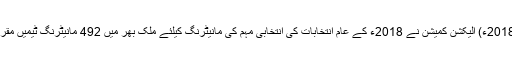
20 جون2018ء) الیکشن کمیشن نے 2018ء کے عام انتخابات کی انتخابی مہم کی مانیٹرنگ کیلئے ملک بھر میں 492 مانیٹرنگ ٹیمیں مقرر کی ہیں۔